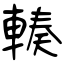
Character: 輳